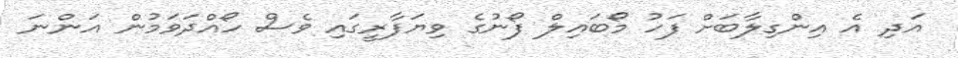
އަދި އެ އިންގިލާބަށް ފަހު މޯބައިލް ފޯނުގެ ވިޔަފާރީގައި ވެސް ހޯއްދަވަމުން އަންނަ